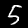
Label: 5